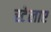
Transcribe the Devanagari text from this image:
स्टेलाए